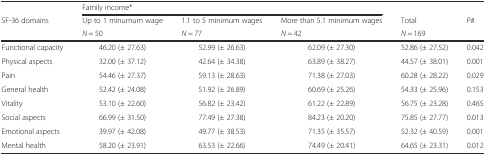
<table><thead><tr><td></td><td colspan="3"><b>Family income*</b></td><td></td><td></td></tr><tr><td><b>SF-36 domains</b></td><td><b>Up to 1 minumum wage</b></td><td><b>1.1 to 5 minimum wages</b></td><td><b>More than 5.1 minimum wages</b></td><td><b>Total</b></td><td><b>P#</b></td></tr><tr><td></td><td><b><i>N</i> = 50</b></td><td><b><i>N</i> = 77</b></td><td><b><i>N</i> = 42</b></td><td><b><i>N</i> = 169</b></td><td></td></tr></thead><tbody><tr><td>Functional capacity</td><td>46.20 (± 27.63)</td><td>52.99 (± 26.63)</td><td>62.09 (± 27.30)</td><td>52.86 (± 27.52)</td><td>0.042</td></tr><tr><td>Physical aspects</td><td>32.00 (± 37.12)</td><td>42.64 (± 34.38)</td><td>63.89 (± 38.27)</td><td>44.57 (± 38.01)</td><td>0.001</td></tr><tr><td>Pain</td><td>54.46 (± 27.37)</td><td>59.13 (± 28.63)</td><td>71.38 (± 27.03)</td><td>60.28 (± 28.22)</td><td>0.029</td></tr><tr><td>General health</td><td>52.42 (± 24.08)</td><td>51.92 (± 26.89)</td><td>60.69 (± 25.26)</td><td>54.33 (± 25.96)</td><td>0.153</td></tr><tr><td>Vitality</td><td>53.10 (± 22.60)</td><td>56.82 (± 23.42)</td><td>61.22 (± 22.89)</td><td>56.75 (± 23.28)</td><td>0.465</td></tr><tr><td>Social aspects</td><td>66.99 (± 31.50)</td><td>77.49 (± 27.38)</td><td>84.23 (± 20.20)</td><td>75.85 (± 27.77)</td><td>0.013</td></tr><tr><td>Emotional aspects</td><td>39.97 (± 42.08)</td><td>49.77 (± 38.53)</td><td>71.35 (± 35.57)</td><td>52.32 (± 40.59)</td><td>0.001</td></tr><tr><td>Mental health</td><td>58.20 (± 23.91)</td><td>63.53 (± 22.66)</td><td>74.49 (± 20.41)</td><td>64.65 (± 23.31)</td><td>0.012</td></tr></tbody></table>